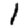
Digit: 1